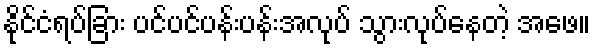
နိုင်ငံရပ်ခြား ပင်ပင်ပန်းပန်းအလုပ် သွားလုပ်နေတဲ့ အဖေ။